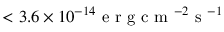
< 3 . 6 \times 1 0 ^ { - 1 4 } \mathrm { ~ e ~ r ~ g ~ c ~ m ~ } ^ { - 2 } \mathrm { ~ s ~ } ^ { - 1 }